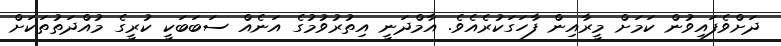
ދަށްވެފައިވުން ކަމަށް މީރާއިން ފާހަގަކުރެއެވެ. އާމްދަނީ އިތުރުވުމުގެ އަނެއް ސަބަބަކީ ކުރީގެ މުއްދަތުތަކަށް